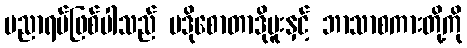
ပညာရပ်ဖြစ်ပါသည် ပဒိုစောတာဒိုမူးနှင့် ဘာသာစကားတို့ကို